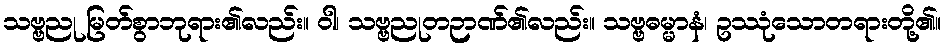
သဗ္ဗညု မြတ်စွာဘုရား၏လည်း။ ဝါ၊ သဗ္ဗညုတဉာဏ်၏လည်း။ သဗ္ဗဓမ္မာနံ၊ ဥဿုံသောတရားတို့၏။